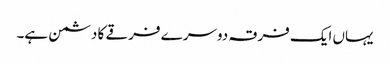
یہاں ایک فرقہ دوسرے فرقے کا دشمن ہے۔